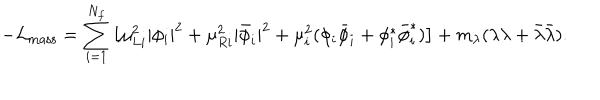
LaTeX: - { \cal L } _ { \mathrm { m a s s } } = \sum _ { i = 1 } ^ { N _ { f } } { \big [ } \mu _ { L i } ^ { 2 } | \phi _ { i } | ^ { 2 } + \mu _ { R i } ^ { 2 } | { \bar { \phi } } _ { i } | ^ { 2 } + \mu _ { i } ^ { 2 } ( \phi _ { i } { \bar { \phi } } _ { i } + \phi _ { i } ^ { \ast } { \bar { \phi } } _ { i } ^ { \ast } ) { \big ] } + m _ { \lambda } ( \lambda \lambda + \bar { \lambda } \bar { \lambda } ) .